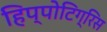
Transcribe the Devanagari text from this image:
हिप्पोटिग्रिस